Education (Scotland) Act, 1918, 1918
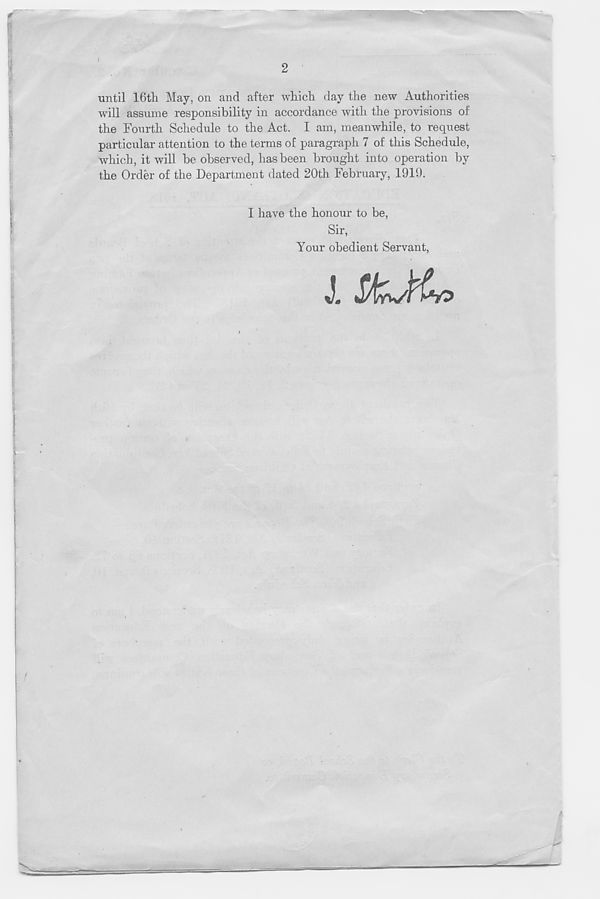
2
until 16th May, on and after which day the new Authorities
will assume responsibility in accordance with the provisions of
the Fourth Schedule to the Act. I am, meanwhile, to request
particular attention to the terms of paragraph 7 of this Schedule,
which, it will be observed, has been brought into operation by
the Order of the Department dated 20th February, 1919.
I have the honour to be,
Sir,
Your obedient Servant,